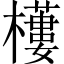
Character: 𣞾